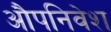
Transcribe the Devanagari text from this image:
औपनिवेश